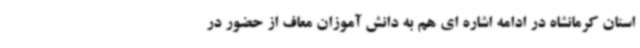
استان کرمانشاه در ادامه اشاره ای هم به دانش آموزان معاف از حضور در